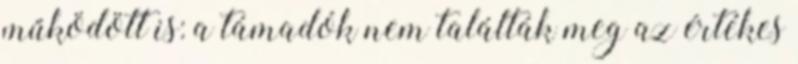
működött is: a támadók nem találták meg az értékes